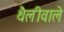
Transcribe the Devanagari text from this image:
थैलीवाले